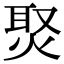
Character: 㷅